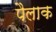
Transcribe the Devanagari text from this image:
पैलाक